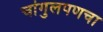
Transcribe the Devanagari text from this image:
चांगुलपणचा